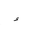
Letter: _hamza